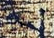
إحسان